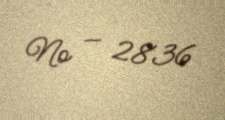
№ — 2836